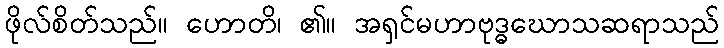
ဖိုလ်စိတ်သည်။ ဟောတိ၊ ၏။ အရှင်မဟာဗုဒ္ဓဃောသဆရာသည်